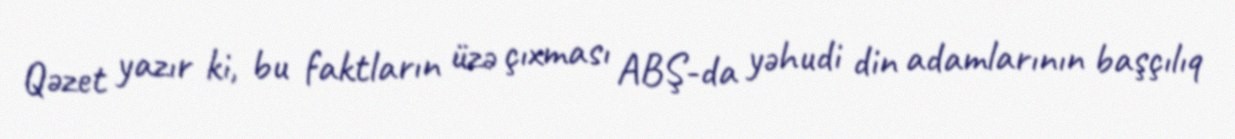
Qəzet yazır ki, bu faktların üzə çıxması ABŞ-da yəhudi din adamlarının başçılıq